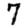
Digit: 7